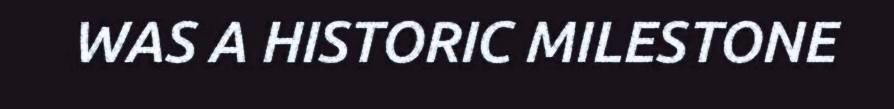
WAS A HISTORIC MILESTONE